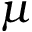
\mu